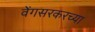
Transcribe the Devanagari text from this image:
वेंगसरकरच्या